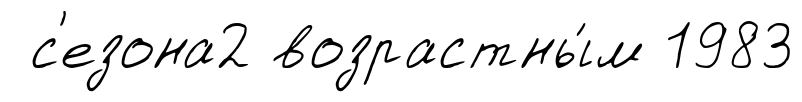
с'езона2 возрастны́м 1983